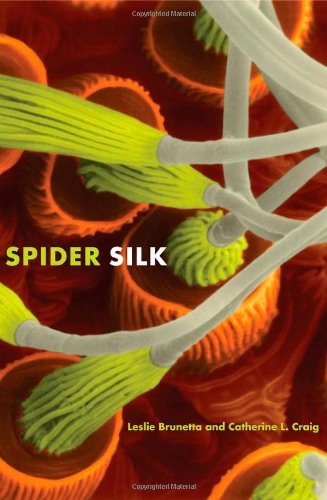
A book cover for Spider Silk: Evolution and 400 Million Years of Spinning, Waiting, Snagging, and Mating; Leslie Brunetta; Science & Math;